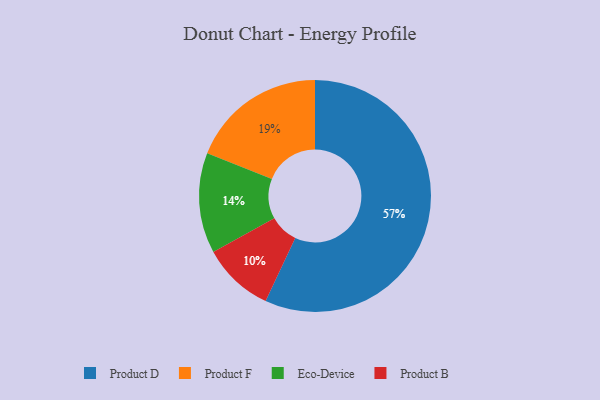
{"axis": {"x": "Category", "y": "Percentage"}, "legend": ["Eco-Device", "Product B", "Product D", "Product F"], "data": [{"x": "Product B", "y": 10, "type": "Product B"}, {"x": "Eco-Device", "y": 14, "type": "Eco-Device"}, {"x": "Product F", "y": 19, "type": "Product F"}, {"x": "Product D", "y": 57, "type": "Product D"}]}